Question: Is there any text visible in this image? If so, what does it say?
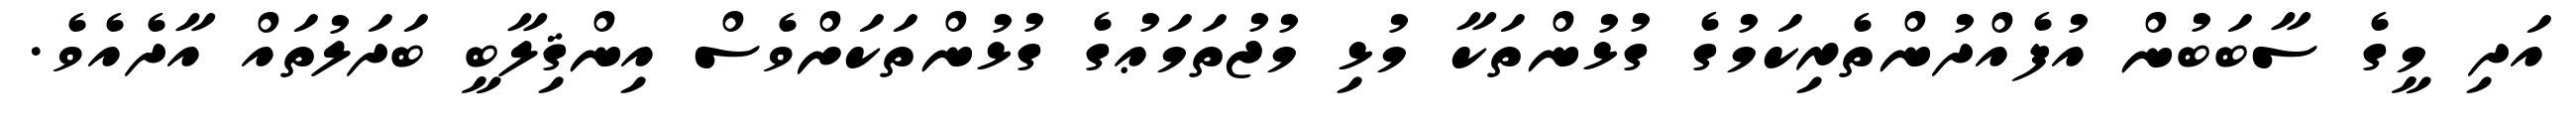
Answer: އަދި މީގެ ސާބަބުން އުފެއްދުންތެރިކަމުގެ ގުޅުންތަކާ މުޅި މުޖުތަމަޢުގެ ގުޅުންތަކަށްވެސް އިންޤިލާބީ ބަދަލުތައް އާދެއެވެ.